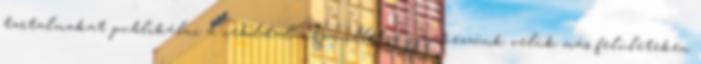
tartalmakat publikálni a weboldalunkon, illetve igyekezzünk velük más felületeken